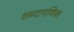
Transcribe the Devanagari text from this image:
शब्दागणिक